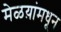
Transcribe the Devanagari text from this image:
मेळय़ांमधून